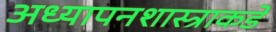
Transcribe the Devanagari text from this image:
अध्यापनशास्त्राकडे